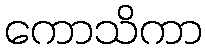
ကောသိကာ